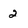
Character: 2